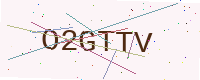
Text: O2GTTV